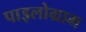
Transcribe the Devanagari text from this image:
पाइलोग्राम